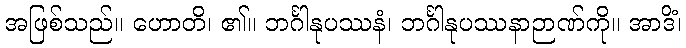
အဖြစ်သည်။ ဟောတိ၊ ၏။ ဘင်္ဂါနုပဿနံ၊ ဘင်္ဂါနုပဿနာဉာဏ်ကို။ အာဒိံ၊